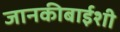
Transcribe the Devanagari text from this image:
जानकीबाईशी